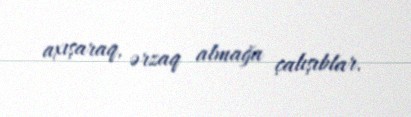
axışaraq, ərzaq almağa çalışıblar.